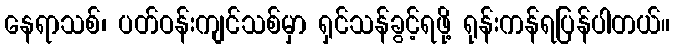
နေရာသစ်၊ ပတ်ဝန်းကျင်သစ်မှာ ရှင်သန်ခွင့်ရဖို့ ရုန်းကန်ရပြန်ပါတယ်။